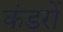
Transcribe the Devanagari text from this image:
कंडरों